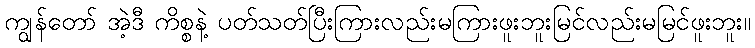
ကျွန်တော် အဲ့ဒီ ကိစ္စနဲ့ ပတ်သတ်ပြီးကြားလည်းမကြားဖူးဘူးမြင်လည်းမမြင်ဖူးဘူး။